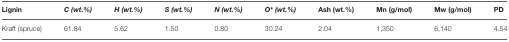
<table><thead><tr><td><b>Lignin</b></td><td><b><i>C (wt.%)</i></b></td><td><b><i>H (wt.%)</i></b></td><td><b><i>S (wt.%)</i></b></td><td><b><i>N (wt.%)</i></b></td><td><b><i>O<sup>*</sup> (wt.%)</i></b></td><td><b>Ash (wt.%)</b></td><td><b>Mn (g/mol)</b></td><td><b>Mw (g/mol)</b></td><td><b>PD</b></td></tr></thead><tbody><tr><td>Kraft (spruce)</td><td>61.84</td><td>5.62</td><td>1.50</td><td>0.80</td><td>30.24</td><td>2.04</td><td>1,350</td><td>6,140</td><td>4.54</td></tr></tbody></table>